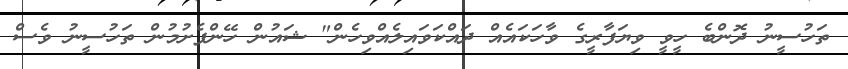
ތަހުސީނު ދޮންބެ ހީވީ ވިޔަފާރީގެ ވާހަކައެއް ދައްކަވައިލެއްވިހެން" ޝައުން ހޭންފެށުމުން ތަހުސީނު ވެސް